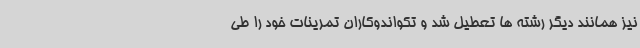
نیز همانند دیگر رشته ها تعطیل شد و تکواندوکاران تمرینات خود را طی